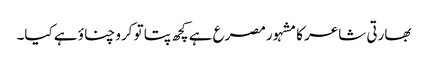
بھارتی شاعر کا مشہور مصرع ہے کچھ پتا تو کرو چناؤ ہے کیا۔